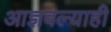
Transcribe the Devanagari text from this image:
आज्ञवल्याही